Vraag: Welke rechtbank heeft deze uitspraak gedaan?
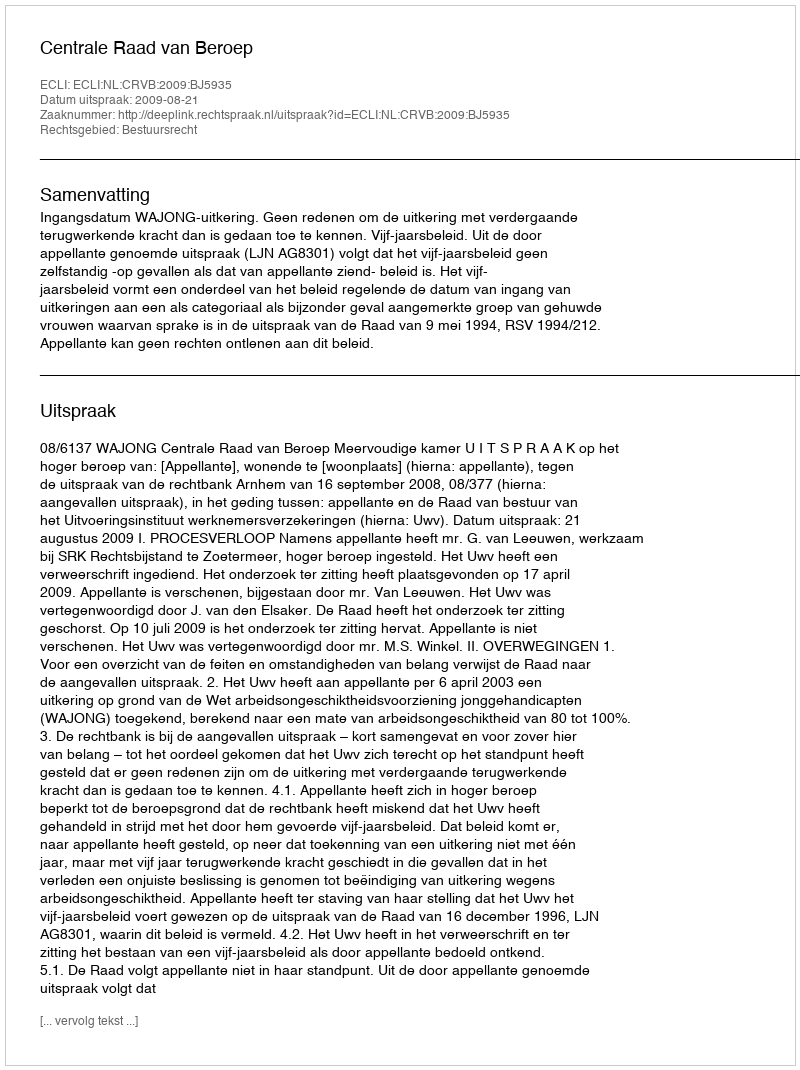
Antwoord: Centrale Raad van Beroep